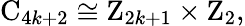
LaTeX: \mathrm{C}_{4k+2}\cong\mathrm{Z}_{2k+1}\times\mathrm{Z}_{2},